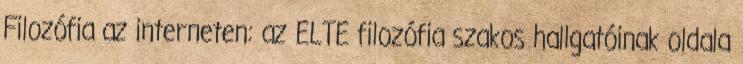
Filozófia az interneten: az ELTE filozófia szakos hallgatóinak oldala